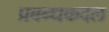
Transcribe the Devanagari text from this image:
प्रबन्धकदल